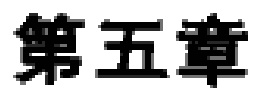
第五章